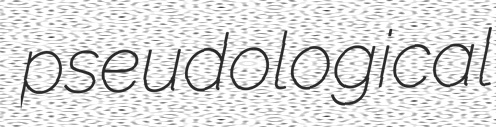
pseudological